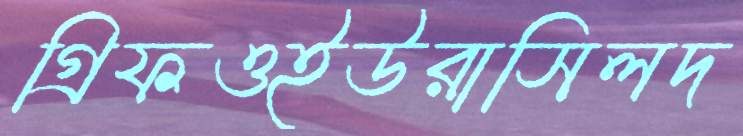
গ্রিফওইউরাসিলদ